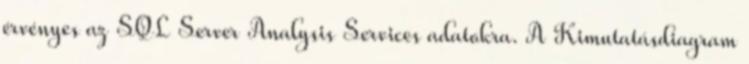
érvényes az SQL Server Analysis Services adatokra. A Kimutatásdiagram